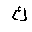
Letter: _kaf